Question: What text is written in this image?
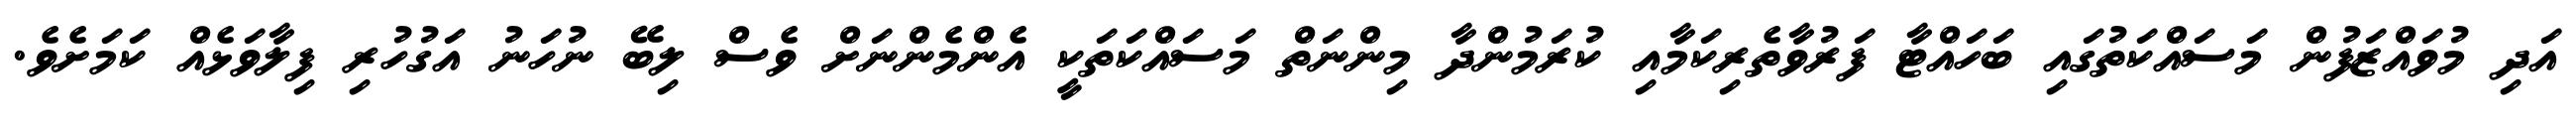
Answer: އަދި މުވައްޒަފުން މަސައްކަތުގައި ބަހައްޓާ ފަރުވާތެރިކަމާއި ކުރަމުންދާ މިންނަތް މަސައްކަތަކީ އެންމެންނަށް ވެސް ލިބޭ ނުހަނު އަގުހުރި ފިލާވަޅެއް ކަމަށެވެ.